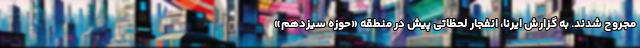
مجروح شدند. به گزارش ایرنا، انفجار لحظاتی پیش در منطقه «حوزه سیزدهم»